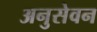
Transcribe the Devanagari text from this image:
अनुसेवन